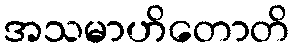
အသမာဟိတောတိ